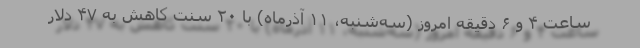
ساعت ۴ و ۶ دقیقه امروز (سه‌شنبه، ۱۱ آذرماه) با ۲۰ سنت کاهش به ۴۷ دلار